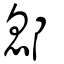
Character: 鄎